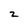
Character: 2